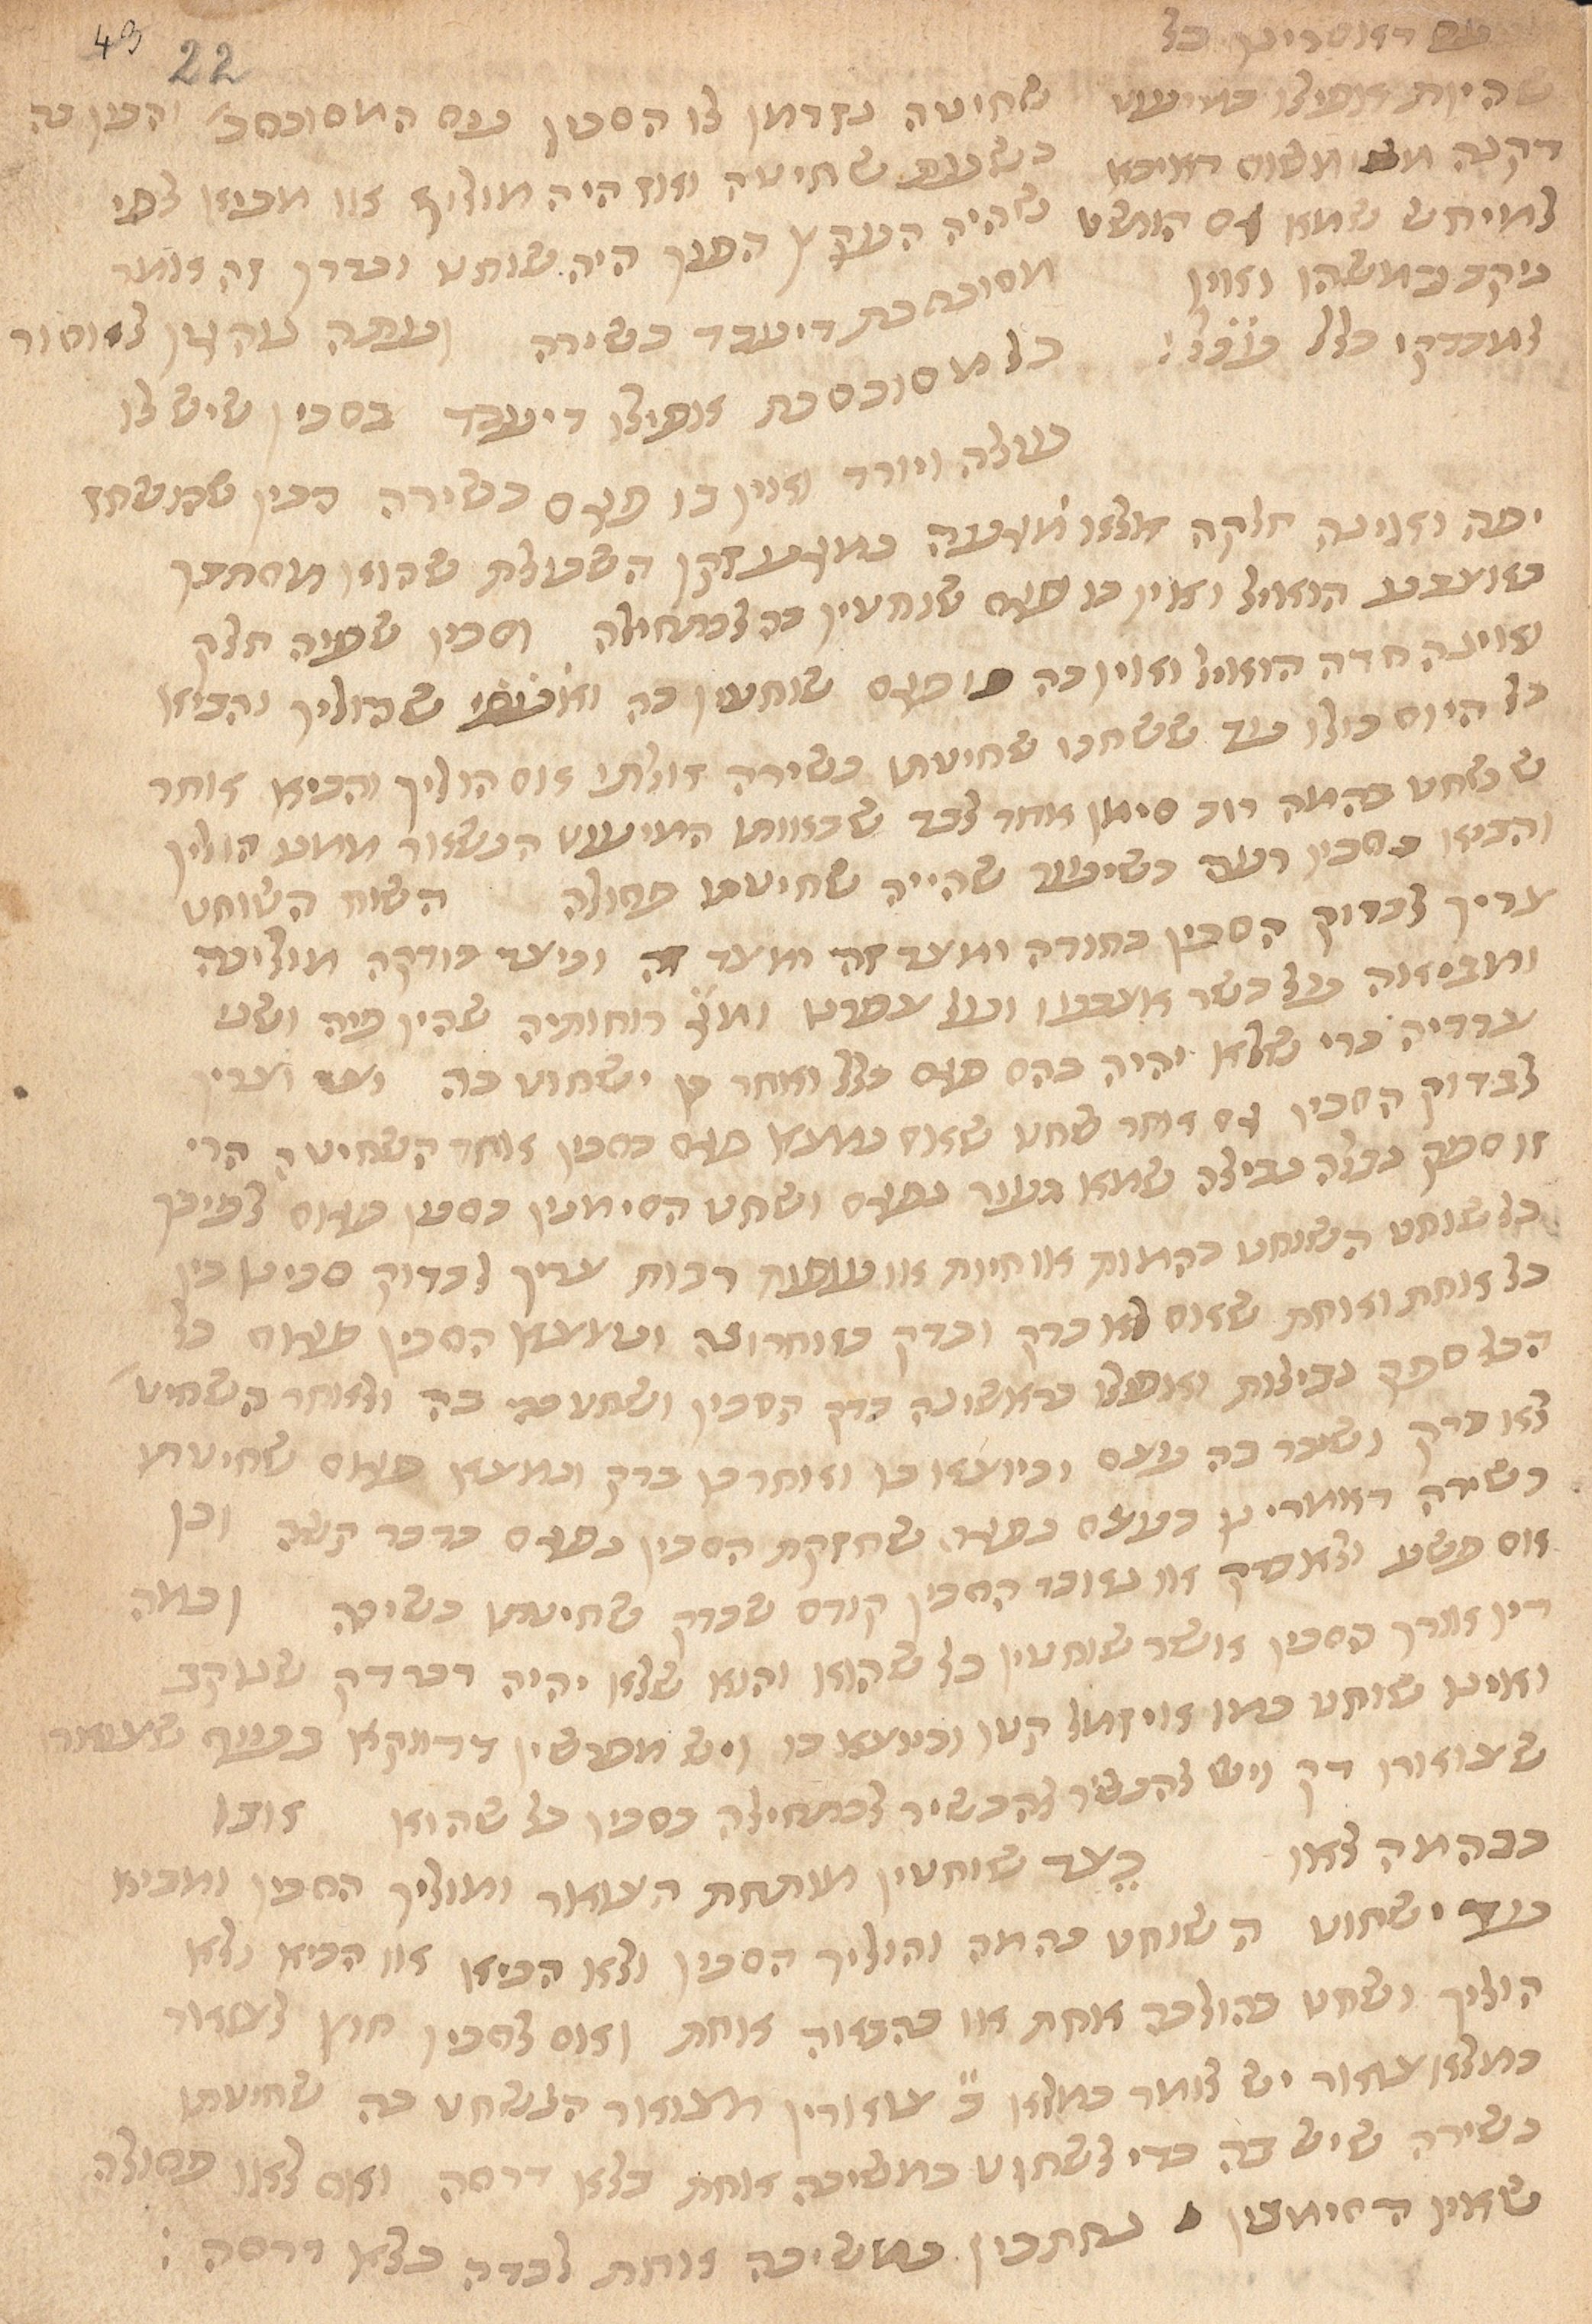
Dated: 1435–1465